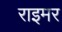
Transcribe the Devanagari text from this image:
राइमर